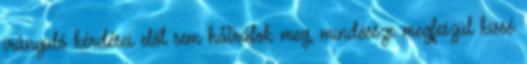
irányuló kérdései elől sem hátrálok meg, mindössze megfeszül kissé